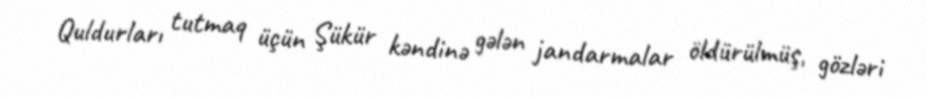
Quldurları tutmaq üçün Şükür kəndinə gələn jandarmalar öldürülmüş, gözləri